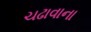
ચઢાવાના